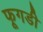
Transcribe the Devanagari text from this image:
फूगडी